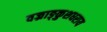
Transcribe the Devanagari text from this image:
वज्राङ्कुशधराय